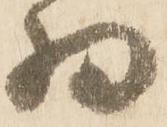
為